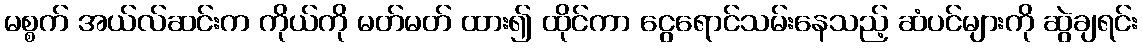
မစ္စက် အယ်လ်ဆင်းက ကိုယ်ကို မတ်မတ် ထား၍ ထိုင်ကာ ငွေရောင်သမ်းနေသည့် ဆံပင်များကို ဆွဲချရင်း